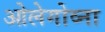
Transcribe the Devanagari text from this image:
ओलेगोव्ना